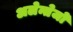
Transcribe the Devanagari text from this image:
अलेन्तेजो